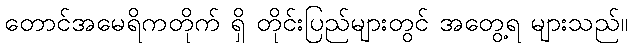
တောင်အမေရိကတိုက် ရှိ တိုင်းပြည်များတွင် အတွေ့ရ များသည်။